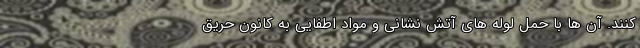
کنند. آن ها با حمل لوله های آتش نشانی و مواد اطفایی به کانون حریق